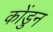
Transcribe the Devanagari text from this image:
कोंडुन